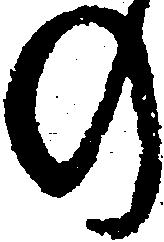
の